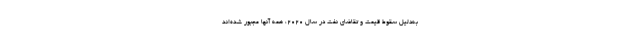
به‌دلیل سقوط قیمت و تقاضای نفت در سال ۲۰۲۰، همه آنها مجبور شده‌اند